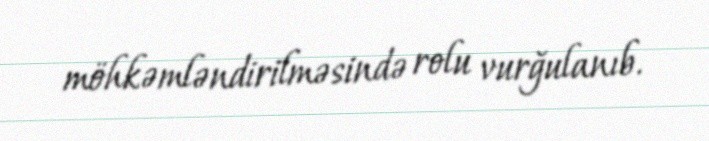
möhkəmləndirilməsində rolu vurğulanıb.